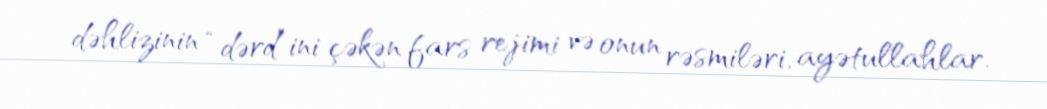
dəhlizinin “dərd”ini çəkən fars rejimi və onun rəsmiləri, ayətullahlar.